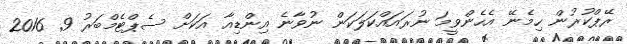
ރޭޕްކުރުން ހިމެނޭ އެހެންވީމަ ނުރައައްކަލަކަން ނުވާނެ އިންޑިއާ އަކަށް ސެޕްޓެމްބަރު 9